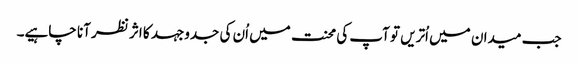
جب میدان میں اُتریں تو آپ کی محنت میں اُن کی جدوجہد کا اثر نظر آنا چاہیے۔